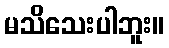
မသိသေးပါဘူး။